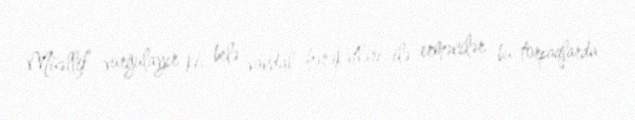
Müəllif vurğulayır ki, belə vandal hərəkətləri ilə ermənilər bu torpaqlarda